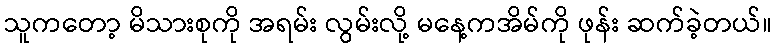
သူကတော့ မိသားစုကို အရမ်း လွမ်းလို့ မနေ့ကအိမ်ကို ဖုန်း ဆက်ခဲ့တယ်။